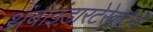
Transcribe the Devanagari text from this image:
थ्रंबोइंडारटेरेक्टोमी